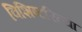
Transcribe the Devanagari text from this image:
विशिष्टरित्या